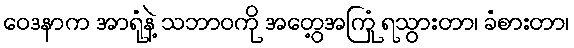
ဝေဒနာက အာရုံနဲ့ သဘာဝကို အတွေ့အကြုံ ရသွားတာ၊ ခံစားတာ၊